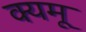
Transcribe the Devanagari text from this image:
क्यमू